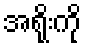
အရိုးကို